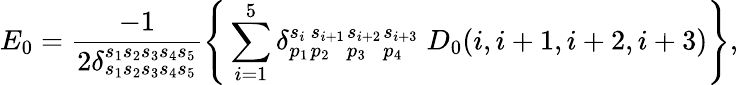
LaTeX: E_{0}=\frac{-1}{2\delta_{s_{1}s_{2}s_{3}s_{4}s_{5}}^{s_{1}s_{2}s_{3}s_{4}s_{5}}}\Bigg\{ \sum_{i=1}^{5}\delta{}_{p_{1}}^{s_{i}}{}_{p_{2}}^{s_{i+1}}{}_{p_{3}}^{s_{i+2}}{}_{p_{4}}^{s_{i+3}}\; D_{0}(i,i+1,i+2,i+3)\Biggr\} ,